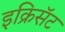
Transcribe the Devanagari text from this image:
इक्रिसॅट